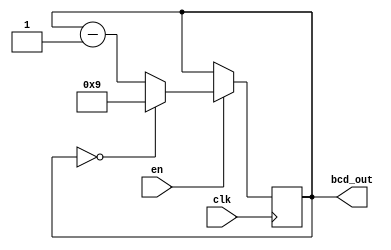
module BCD_Down_Counter (
    input wire clk,          // System clock input
    input wire en,           // Enable signal input
    output reg [3:0] bcd_out // BCD output
);

reg [3:0] count;

always @(posedge clk) begin
    if (en) begin
        if (count == 4'b0000) begin
            count <= 4'b1001;
        end else begin
            count <= count - 1;
        end
    end
end

assign bcd_out = count;

endmodule